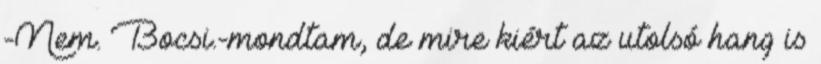
-Nem. Bocsi.-mondtam, de mire kiért az utolsó hang is